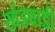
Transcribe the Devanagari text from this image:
खंडवाडी